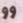
وو